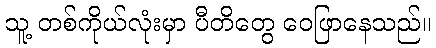
သူ့ တစ်ကိုယ်လုံးမှာ ပီတိတွေ ဝေဖြာနေသည်။